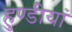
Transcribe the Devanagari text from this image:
हुण्डीयां